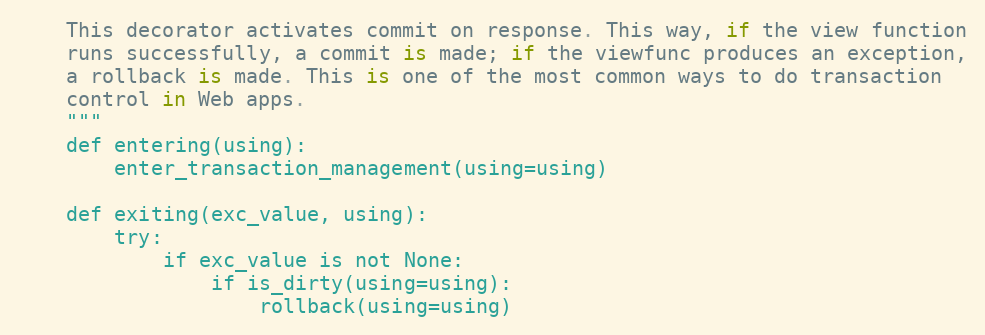
Language: Python
    This decorator activates commit on response. This way, if the view function
    runs successfully, a commit is made; if the viewfunc produces an exception,
    a rollback is made. This is one of the most common ways to do transaction
    control in Web apps.
    """
    def entering(using):
        enter_transaction_management(using=using)

    def exiting(exc_value, using):
        try:
            if exc_value is not None:
                if is_dirty(using=using):
                    rollback(using=using)